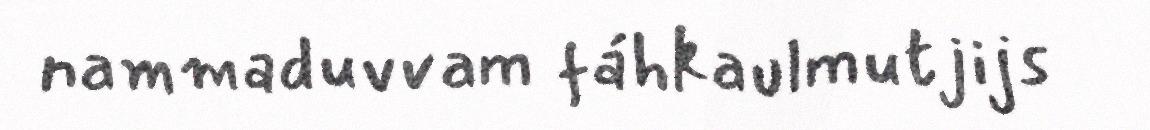
nammaduvvam fáhkaulmutjijs